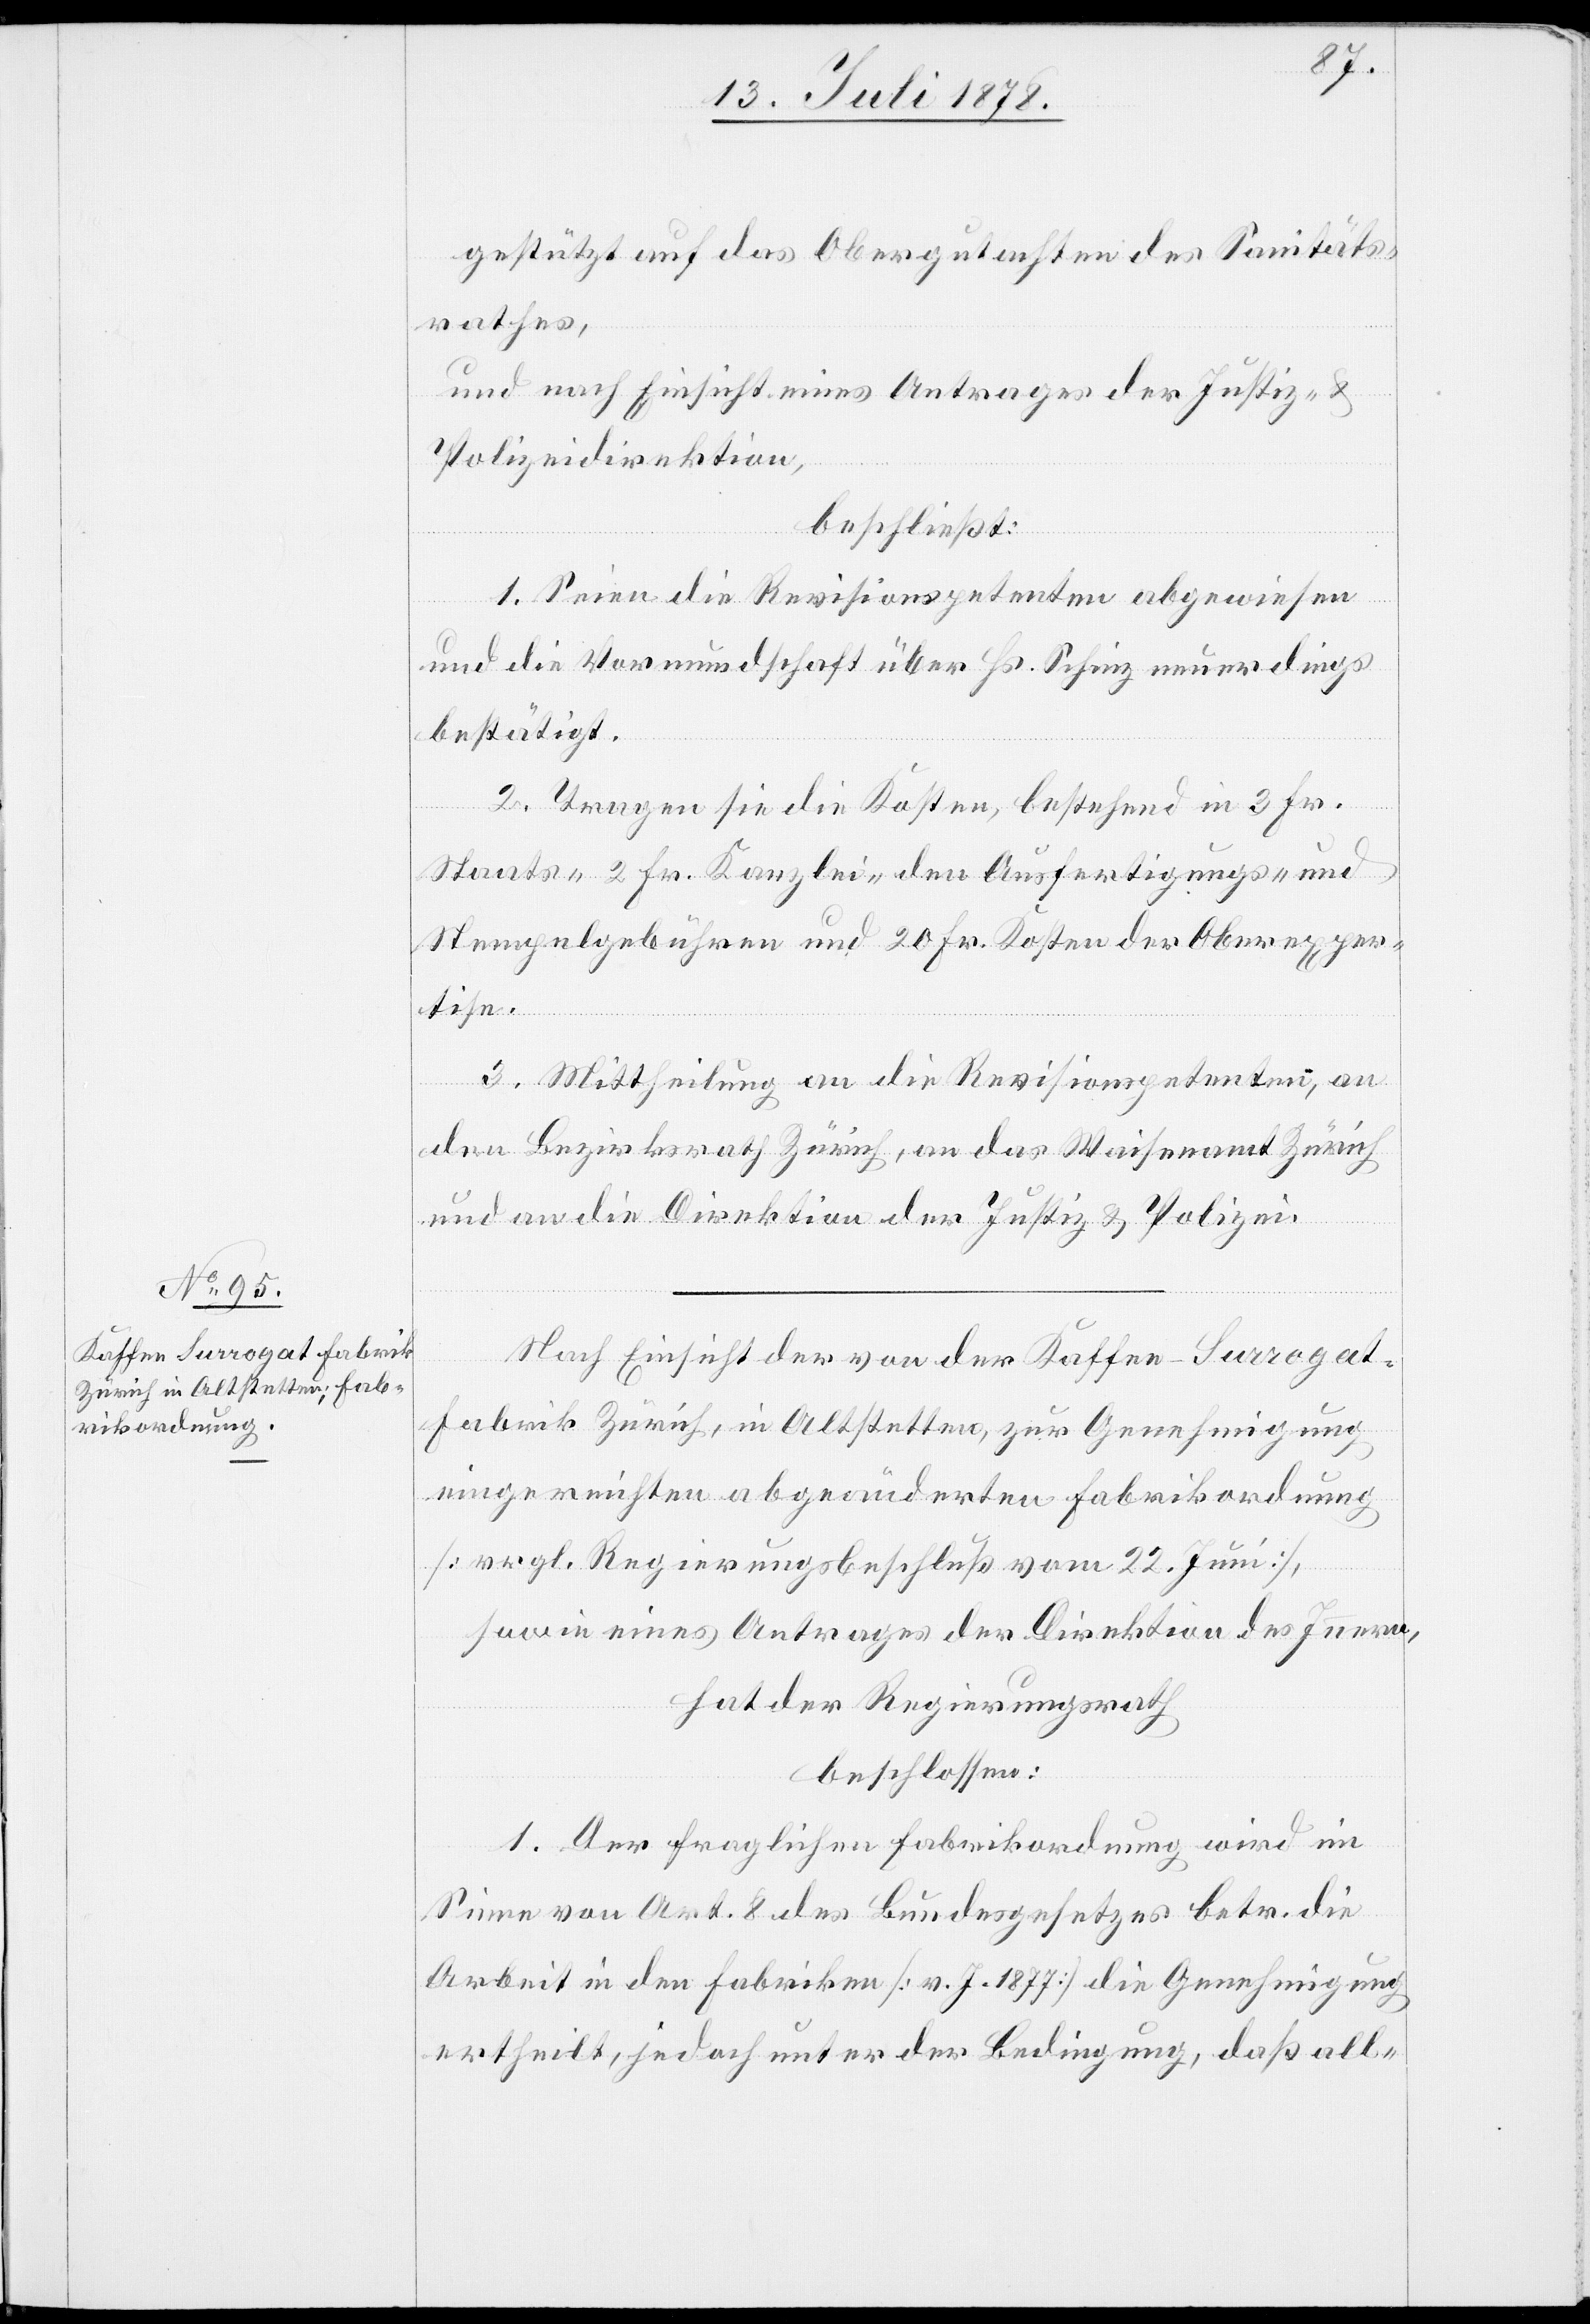
gestützt auf das Obergutachten des Sanitäts¬
rathes,
und nach Einsicht eines Antrages der Justiz- &
Polizeidirektion,
beschließt:
1. Seien die Revisionspetenten abgewiesen
und die Vormundschaft über Hr. Schinz neuerdings
bestätigt.
2. Tragen sie die Kosten, bestehend in 3 Fr.
Staats-[,] 2 Fr. Kanzlei-[,] den Ausfertigungs- und
Stempelgebühren und 20 Fr. Kosten der Oberexper¬
tise.
3. Mittheilung an die Revisionspetenten, an
den Bezirksrath Zürich, an das Waisenamt Zürich
und an die Direktion der Justiz & Polizei.